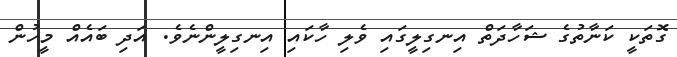
ގޮތަކީ ކަނާތުގެ ޝަހާދަތް އިނގިލީގައި ވެލި ހާކައި އިނގިލީންނެވެ. އަދި ބައެއް މީހުން